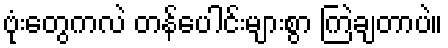
ဗုံးတွေကလဲ တန်ပေါင်းများစွာ ကြဲချတာပဲ။